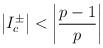
LaTeX: \begin{align*}\left| I^{\pm }_{c}\right| <\left| \displaystyle\frac{p-1}{p}\right|\end{align*}